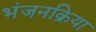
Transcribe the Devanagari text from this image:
भंजनक्रिया